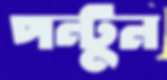
পন্টুন